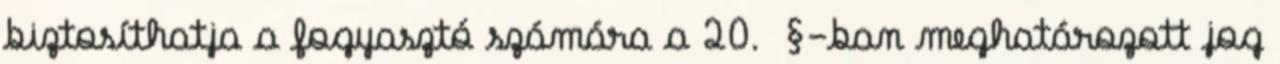
biztosíthatja a fogyasztó számára a 20. §-ban meghatározott jog